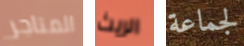
المتاجر الريث لجماعة